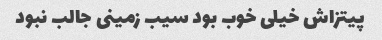
پیتزاش خیلی خوب بود سیب زمینی جالب نبود